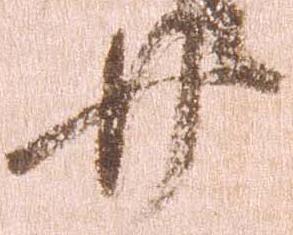
廿